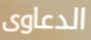
الدعاوى